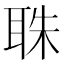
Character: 䎷